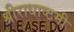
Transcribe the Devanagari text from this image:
श्रीराधाष्टमी